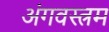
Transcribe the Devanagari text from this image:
अंगवस्त्रम